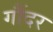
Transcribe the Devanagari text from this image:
गौंदर